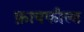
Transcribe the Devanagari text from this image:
फ़ायफील्ड